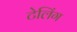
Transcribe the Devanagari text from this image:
टेलिंग